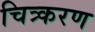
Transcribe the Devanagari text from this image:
चित्र्करण